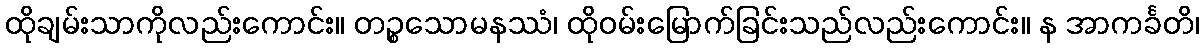
ထိုချမ်းသာကိုလည်းကောင်း။ တဉ္စသောမနဿံ၊ ထိုဝမ်းမြောက်ခြင်းသည်လည်းကောင်း။ န အာကင်္ခတိ၊